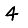
Digit: 4